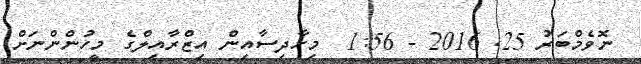
ނޮވެމްބަރު 25